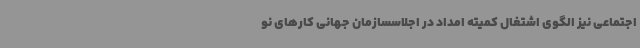
اجتماعی نیز الگوی اشتغال کمیته امداد در اجلاسسازمان جهانی کارهای نو